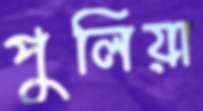
পুলিয়া